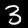
Digit: 3